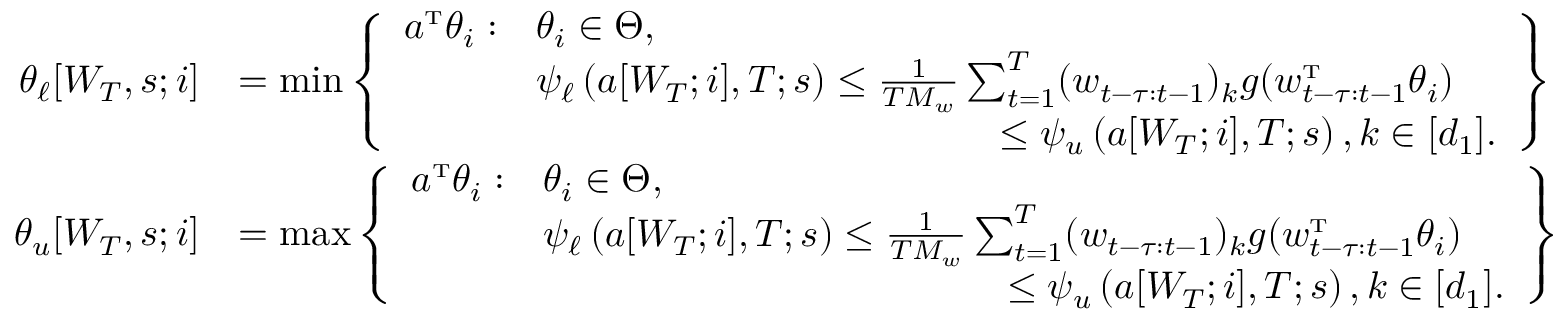
\begin{array} { r l } { \theta _ { \ell } [ W _ { T } , s ; i ] } & { = \operatorname* { m i n } \left\{ \begin{array} { l l } { a ^ { \mathrm { \scriptscriptstyle T } } \theta _ { i } : } & { \theta _ { i } \in \Theta , } \\ & { \psi _ { \ell } \left( a [ W _ { T } ; i ] , T ; s \right) \leq \frac { 1 } { T M _ { w } } \sum _ { t = 1 } ^ { T } ( w _ { t - \tau : t - 1 } ) _ { k } g ( w _ { t - \tau : t - 1 } ^ { \mathrm { \scriptscriptstyle T } } \theta _ { i } ) } \\ & { \quad \quad \quad \quad \quad \quad \quad \quad \quad \quad \quad \quad \leq \psi _ { u } \left( a [ W _ { T } ; i ] , T ; s \right) , k \in [ d _ { 1 } ] . } \end{array} \right\} } \\ { \theta _ { u } [ W _ { T } , s ; i ] } & { = \operatorname* { m a x } \left\{ \begin{array} { l l } { a ^ { \mathrm { \scriptscriptstyle T } } \theta _ { i } : } & { \theta _ { i } \in \Theta , } \\ & { \psi _ { \ell } \left( a [ W _ { T } ; i ] , T ; s \right) \leq \frac { 1 } { T M _ { w } } \sum _ { t = 1 } ^ { T } ( w _ { t - \tau : t - 1 } ) _ { k } g ( w _ { t - \tau : t - 1 } ^ { \mathrm { \scriptscriptstyle T } } \theta _ { i } ) } \\ & { \quad \quad \quad \quad \quad \quad \quad \quad \quad \quad \quad \quad \leq \psi _ { u } \left( a [ W _ { T } ; i ] , T ; s \right) , k \in [ d _ { 1 } ] . } \end{array} \right\} } \end{array}